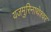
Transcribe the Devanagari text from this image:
यजमुरिनाथेश्‍वर